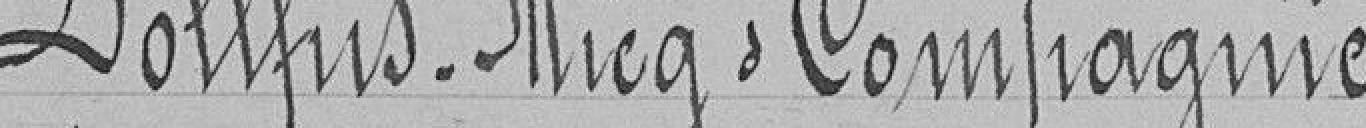
Dollfus-Micq et compagnie